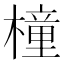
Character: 橦